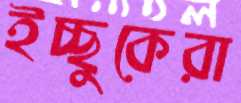
ইচ্ছুকেরা